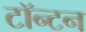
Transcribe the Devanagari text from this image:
टॉन्टन